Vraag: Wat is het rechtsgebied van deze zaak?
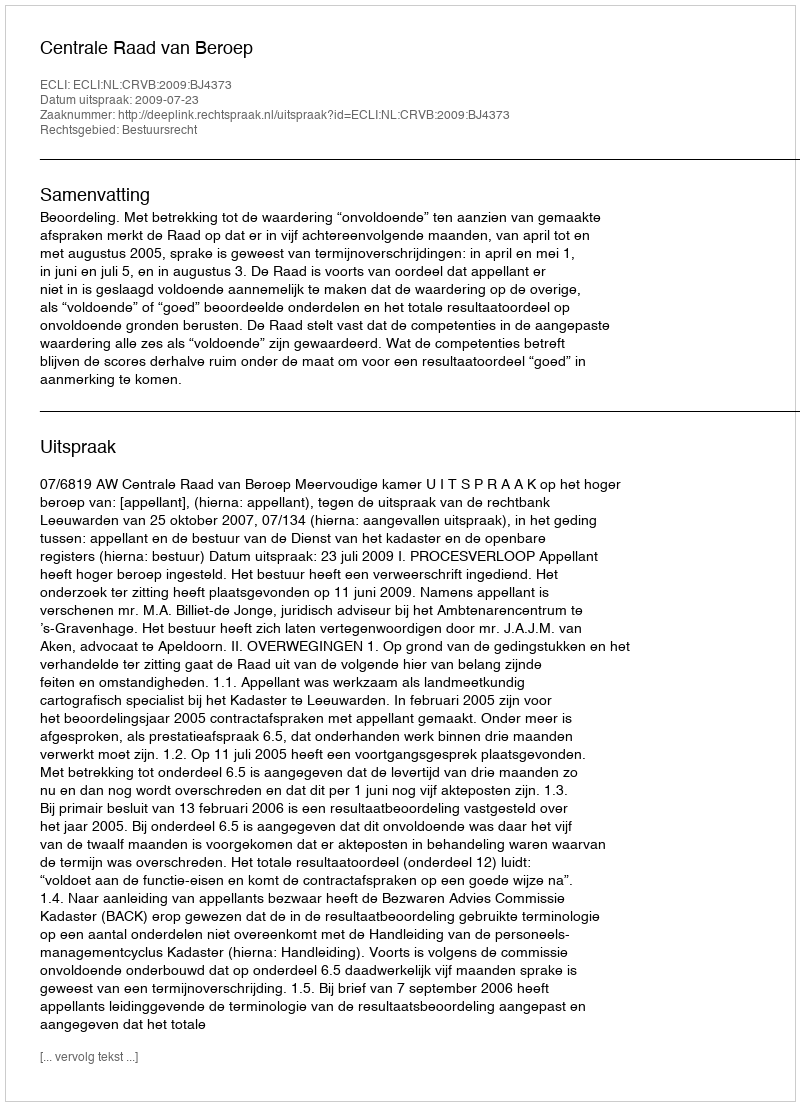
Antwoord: Bestuursrecht